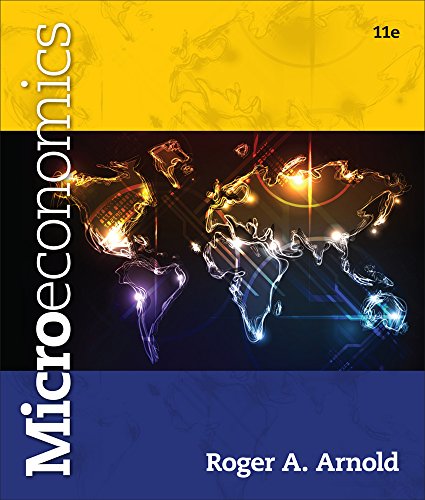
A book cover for Microeconomics (with Videos: Office Hours Printed Access Card); Roger A. Arnold; Business & Money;